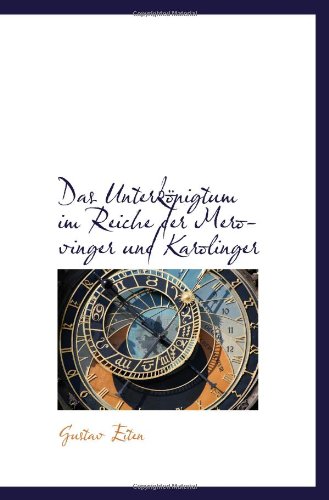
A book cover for Das UnterkÃ¶nigtum im Reiche der Merovinger und Karolinger (German Edition); Gustav Eiten; History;